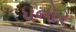
ધનોર